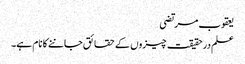
یعقوب مرتضی
علم درحقیقت چیزوں کے حقائق جاننے کا نام ہے۔